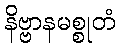
နိဗ္ဗာနမစ္စုတံ